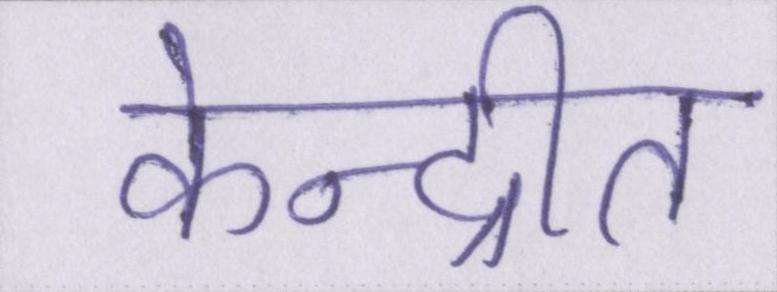
केन्द्रीत